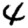
Digit: 4